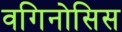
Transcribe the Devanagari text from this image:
वगिनोसिस